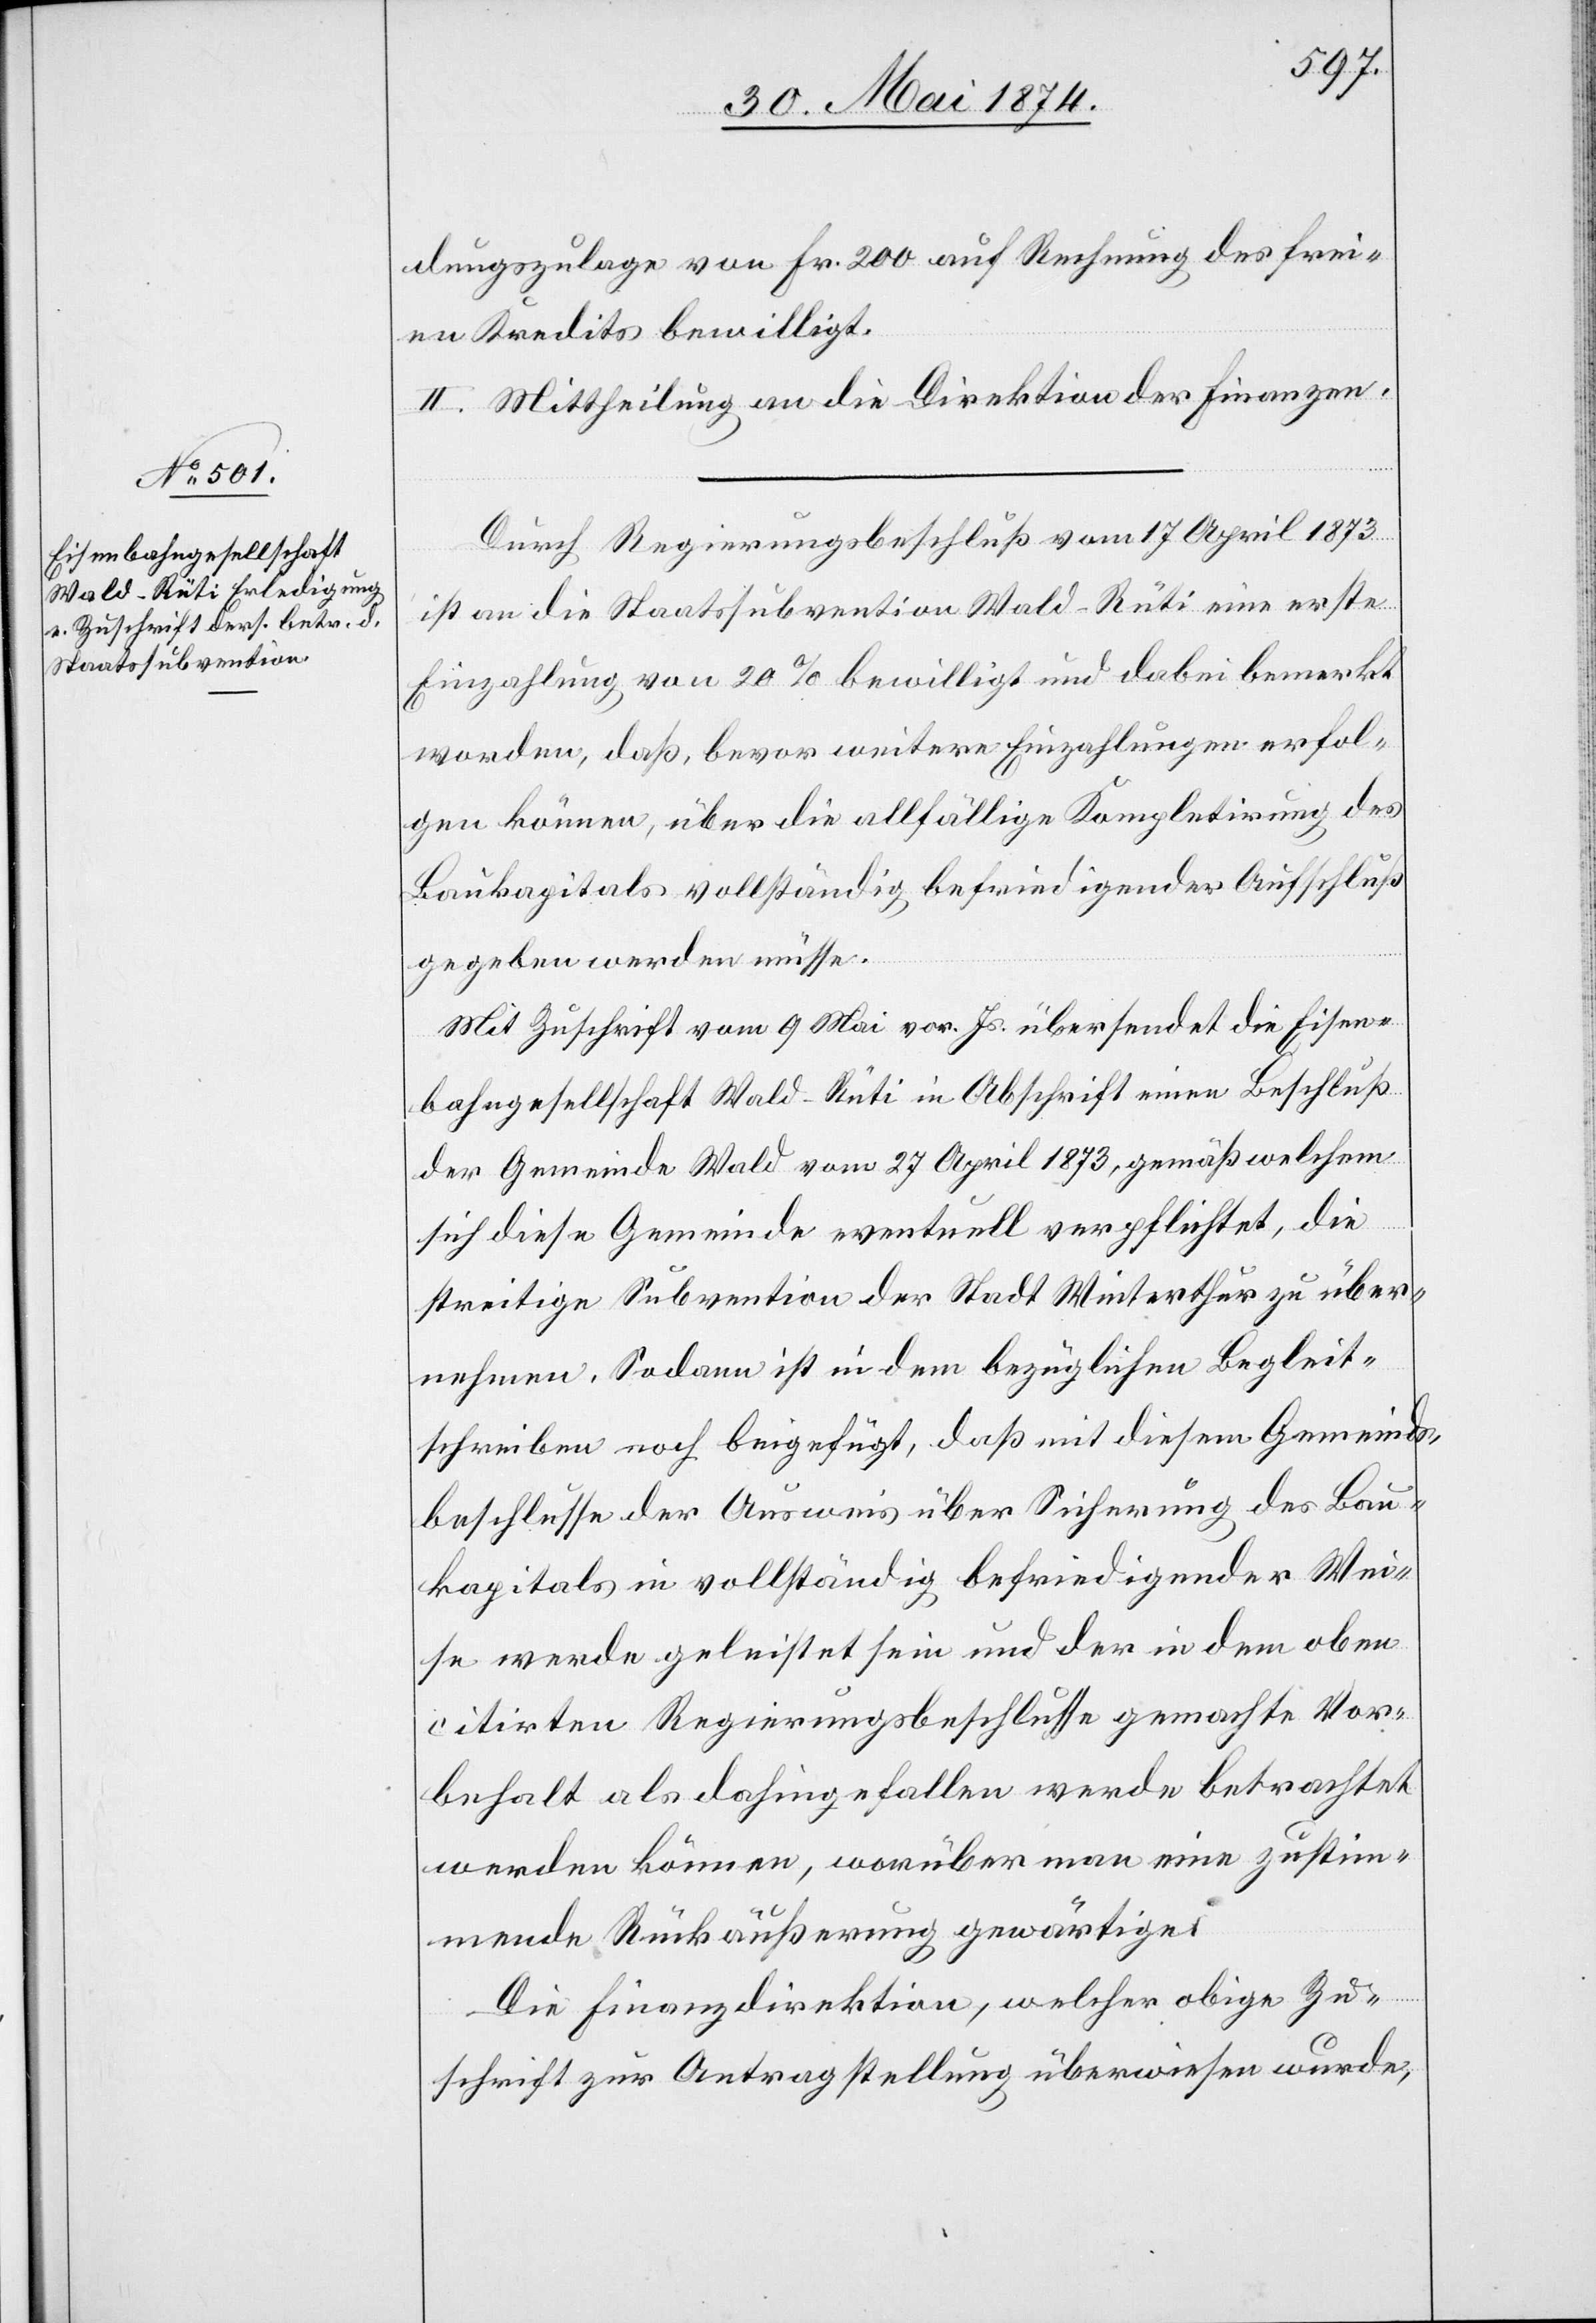
dungszulage von Fr. 200 auf Rechnung des frei¬
en Kredits bewilligt.
II. Mittheilung an die Direktion der Finanzen.
Durch Regierungsbeschluß vom 17. April 1873
ist an die Staatssubvention Wald-Rüti eine erste
Einzahlung von 20% bewilligt und dabei bemerkt
worden, daß, bevor weitere Einzahlungen erfol¬
gen können, über die allfällige Kompletirung des
Baukapitals vollständig befriedigender Aufschluß
gegeben werden müsse.
Mit Zuschrift vom 9. Mai vor. Js. übersendet die Eisen¬
bahngesellschaft Wald-Rüti in Abschrift einen Beschluß
der Gemeinde Wald vom 27. April 1873, gemäß welchem
sich diese Gemeinde eventuell verpflichtet, die
streitige Subvention der Stadt Winterthur zu über¬
nehmen. Sodann ist in dem bezüglichen Begleit¬
schreiben noch beigefügt, daß mit diesem Gemeinds¬
beschlusse der Ausweis über Sicherung des Bau¬
kapitals in vollständig befriedigender Wei¬
se werde geleistet sein und der in dem oben
citirten Regierungsbeschlusse gemachte Vor¬
behalt als dahingefallen werde betrachtet
werden können, worüber man eine zustim¬
mende Rückäußerung gewärtige.
Die Finanzdirektion, welcher obige Zu¬
schrift zur Antragstellung überwiesen wurde,